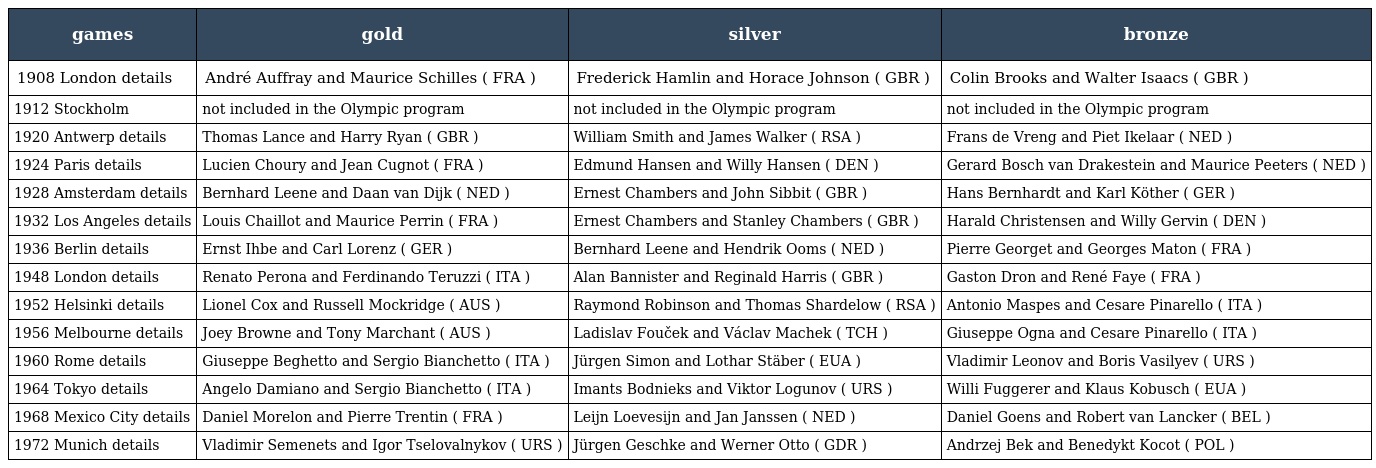
| games | gold | silver | bronze |
 | --- | --- | --- | --- |
 | 1908 London details | André Auffray and Maurice Schilles ( FRA ) | Frederick Hamlin and Horace Johnson ( GBR ) | Colin Brooks and Walter Isaacs ( GBR ) |
 | 1912 Stockholm | not included in the Olympic program | not included in the Olympic program | not included in the Olympic program |
 | 1920 Antwerp details | Thomas Lance and Harry Ryan ( GBR ) | William Smith and James Walker ( RSA ) | Frans de Vreng and Piet Ikelaar ( NED ) |
 | 1924 Paris details | Lucien Choury and Jean Cugnot ( FRA ) | Edmund Hansen and Willy Hansen ( DEN ) | Gerard Bosch van Drakestein and Maurice Peeters ( NED ) |
 | 1928 Amsterdam details | Bernhard Leene and Daan van Dijk ( NED ) | Ernest Chambers and John Sibbit ( GBR ) | Hans Bernhardt and Karl Köther ( GER ) |
 | 1932 Los Angeles details | Louis Chaillot and Maurice Perrin ( FRA ) | Ernest Chambers and Stanley Chambers ( GBR ) | Harald Christensen and Willy Gervin ( DEN ) |
 | 1936 Berlin details | Ernst Ihbe and Carl Lorenz ( GER ) | Bernhard Leene and Hendrik Ooms ( NED ) | Pierre Georget and Georges Maton ( FRA ) |
 | 1948 London details | Renato Perona and Ferdinando Teruzzi ( ITA ) | Alan Bannister and Reginald Harris ( GBR ) | Gaston Dron and René Faye ( FRA ) |
 | 1952 Helsinki details | Lionel Cox and Russell Mockridge ( AUS ) | Raymond Robinson and Thomas Shardelow ( RSA ) | Antonio Maspes and Cesare Pinarello ( ITA ) |
 | 1956 Melbourne details | Joey Browne and Tony Marchant ( AUS ) | Ladislav Fouček and Václav Machek ( TCH ) | Giuseppe Ogna and Cesare Pinarello ( ITA ) |
 | 1960 Rome details | Giuseppe Beghetto and Sergio Bianchetto ( ITA ) | Jürgen Simon and Lothar Stäber ( EUA ) | Vladimir Leonov and Boris Vasilyev ( URS ) |
 | 1964 Tokyo details | Angelo Damiano and Sergio Bianchetto ( ITA ) | Imants Bodnieks and Viktor Logunov ( URS ) | Willi Fuggerer and Klaus Kobusch ( EUA ) |
 | 1968 Mexico City details | Daniel Morelon and Pierre Trentin ( FRA ) | Leijn Loevesijn and Jan Janssen ( NED ) | Daniel Goens and Robert van Lancker ( BEL ) |
 | 1972 Munich details | Vladimir Semenets and Igor Tselovalnykov ( URS ) | Jürgen Geschke and Werner Otto ( GDR ) | Andrzej Bek and Benedykt Kocot ( POL ) |